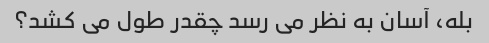
بله، آسان به نظر می رسد چقدر طول می کشد؟